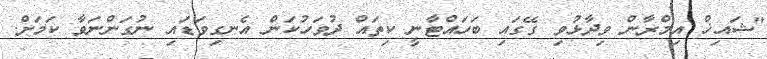
"ޝައިޚް އިމްރާން ވިދާޅުވި ގޭގައި ބަހައްޓާނީ ކިތައް ދުވަހުކަން އެނގިވަޑައި ނުގަންނަވާ ކަމަށް.